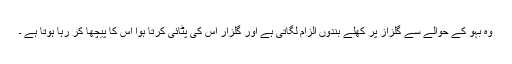
وہ بہو کے حوالے سے گلزاز پر کھلے بندوں الزام لگاتی ہے اور گلزار اس کی پٹائی کرتا ہوا اس کا پیچھا کر رہا ہوتا ہے ۔